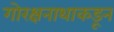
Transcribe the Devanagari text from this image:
गोरक्षनाथाकडून